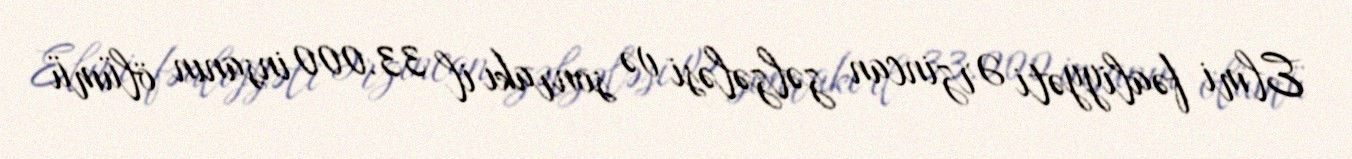
Elmi fəaliyyəti Ərzincan zəlzələsi və sonrakı il 33.000 insanın ölümü